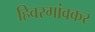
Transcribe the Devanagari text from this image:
हिवरगांवकर